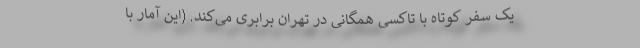
یک سفر کوتاه با تاکسی همگانی در تهران برابری می‌کند. (این آمار با